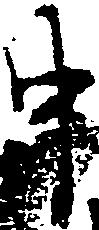
中